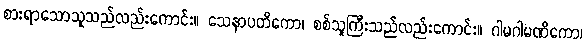
စားရာသောသူသည်လည်းကောင်း။ သေနာပတိကော၊ စစ်သူကြီးသည်လည်းကောင်း။ ဂါမဂါမဏိကော၊